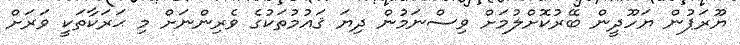
ޔޫރަޕުން ޔަހޫދީން ބޭރުކޮށްލުމަށް ވިސްނަމުން ދިޔަ ޤައުމުތަކުގެ ވެރިންނަށް މި ޙަރަކާތަކީ ވަރަށް